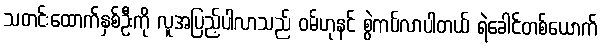
သတင်းထောက်နှစ်ဦးကို လူအပြည့်ပါလာသည် ဝမ်ဟုနင် စွဲကပ်လာပါတယ် ရဲခေါင်တစ်ယောက်